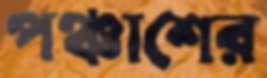
পঞ্চাশের